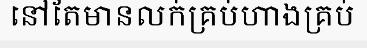
នៅតែមានលក់គ្រប់ហាងគ្រប់